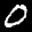
Label: 0